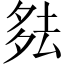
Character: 𪠞